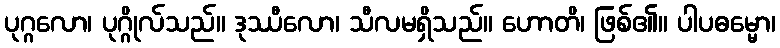
ပုဂ္ဂလော၊ ပုဂ္ဂိုလ်သည်။ ဒုဿီလော၊ သီလမရှိသည်။ ဟောတိ၊ ဖြစ်၏။ ပါပဓမ္မော၊